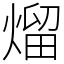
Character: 熘